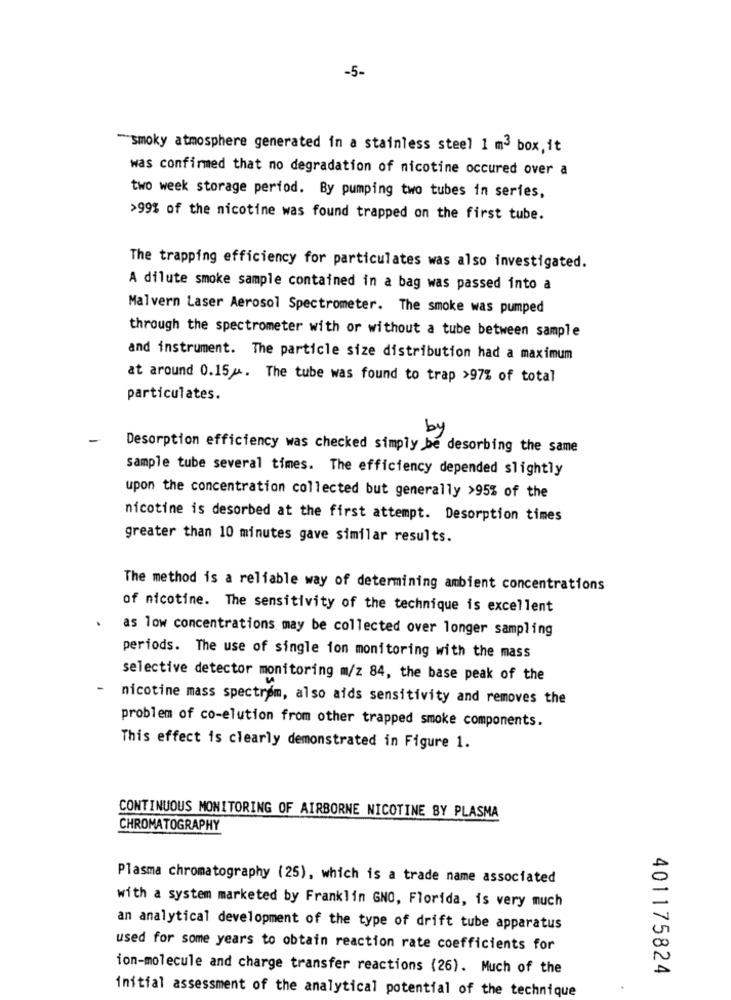
-5-
-smoky atmosphere generated in a stainless steel 1 m3 box, it
was confirmed that no degradation of nicotine occured over a
two week storage period. By pumping two tubes in series,
>99% of the nicotine was found trapped on the first tube.
The trapping efficiency for particulates was also investigated.
A dilute smoke sample contained in a bag was passed into a
Malvern Laser Aerosol Spectrometer. The smoke was pumped
through the spectrometer with or without a tube between sample
and instrument. The particle size distribution had a maximum
at around 0.15 ... The tube was found to trap >97% of total
particulates.
by
Desorption efficiency was checked simply be desorbing the same
sample tube several times. The efficiency depended slightly
upon the concentration collected but generally >95% of the
nicotine is desorbed at the first attempt. Desorption times
greater than 10 minutes gave similar results.
The method is a reliable way of determining ambient concentrations
of nicotine. The sensitivity of the technique is excellent
as low concentrations may be collected over longer sampling
periods. The use of single ion monitoring with the mass
selective detector monitoring m/z 84, the base peak of the
-
nicotine mass spectrom, also aids sensitivity and removes the
problem of co-elution from other trapped smoke components.
This effect is clearly demonstrated in Figure 1.
CONTINUOUS MONITORING OF AIRBORNE NICOTINE BY PLASMA
CHROMATOGRAPHY
Plasma chromatography (25), which is a trade name associated
with a system marketed by Franklin GNO, Florida, is very much
an analytical development of the type of drift tube apparatus
used for some years to obtain reaction rate coefficients for
ion-molecule and charge transfer reactions (26). Much of the
401175824
initial assessment of the analytical potential of the technique